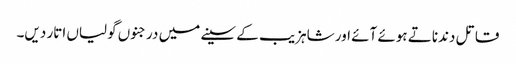
قاتل دندناتے ہوئے آئے اور شاہزیب کے سینے میں درجنوں گولیاں اتار دیں۔